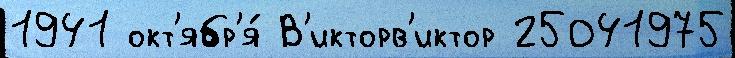
1941 окт'ябр'я́ В'икторв'иктор 25041975